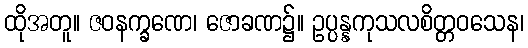
ထိုအတူ။ ဇဝနက္ခဏေ၊ ဇောခဏ၌။ ဥပ္ပန္နကုသလစိတ္တဝသေန၊